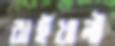
রাইখালী